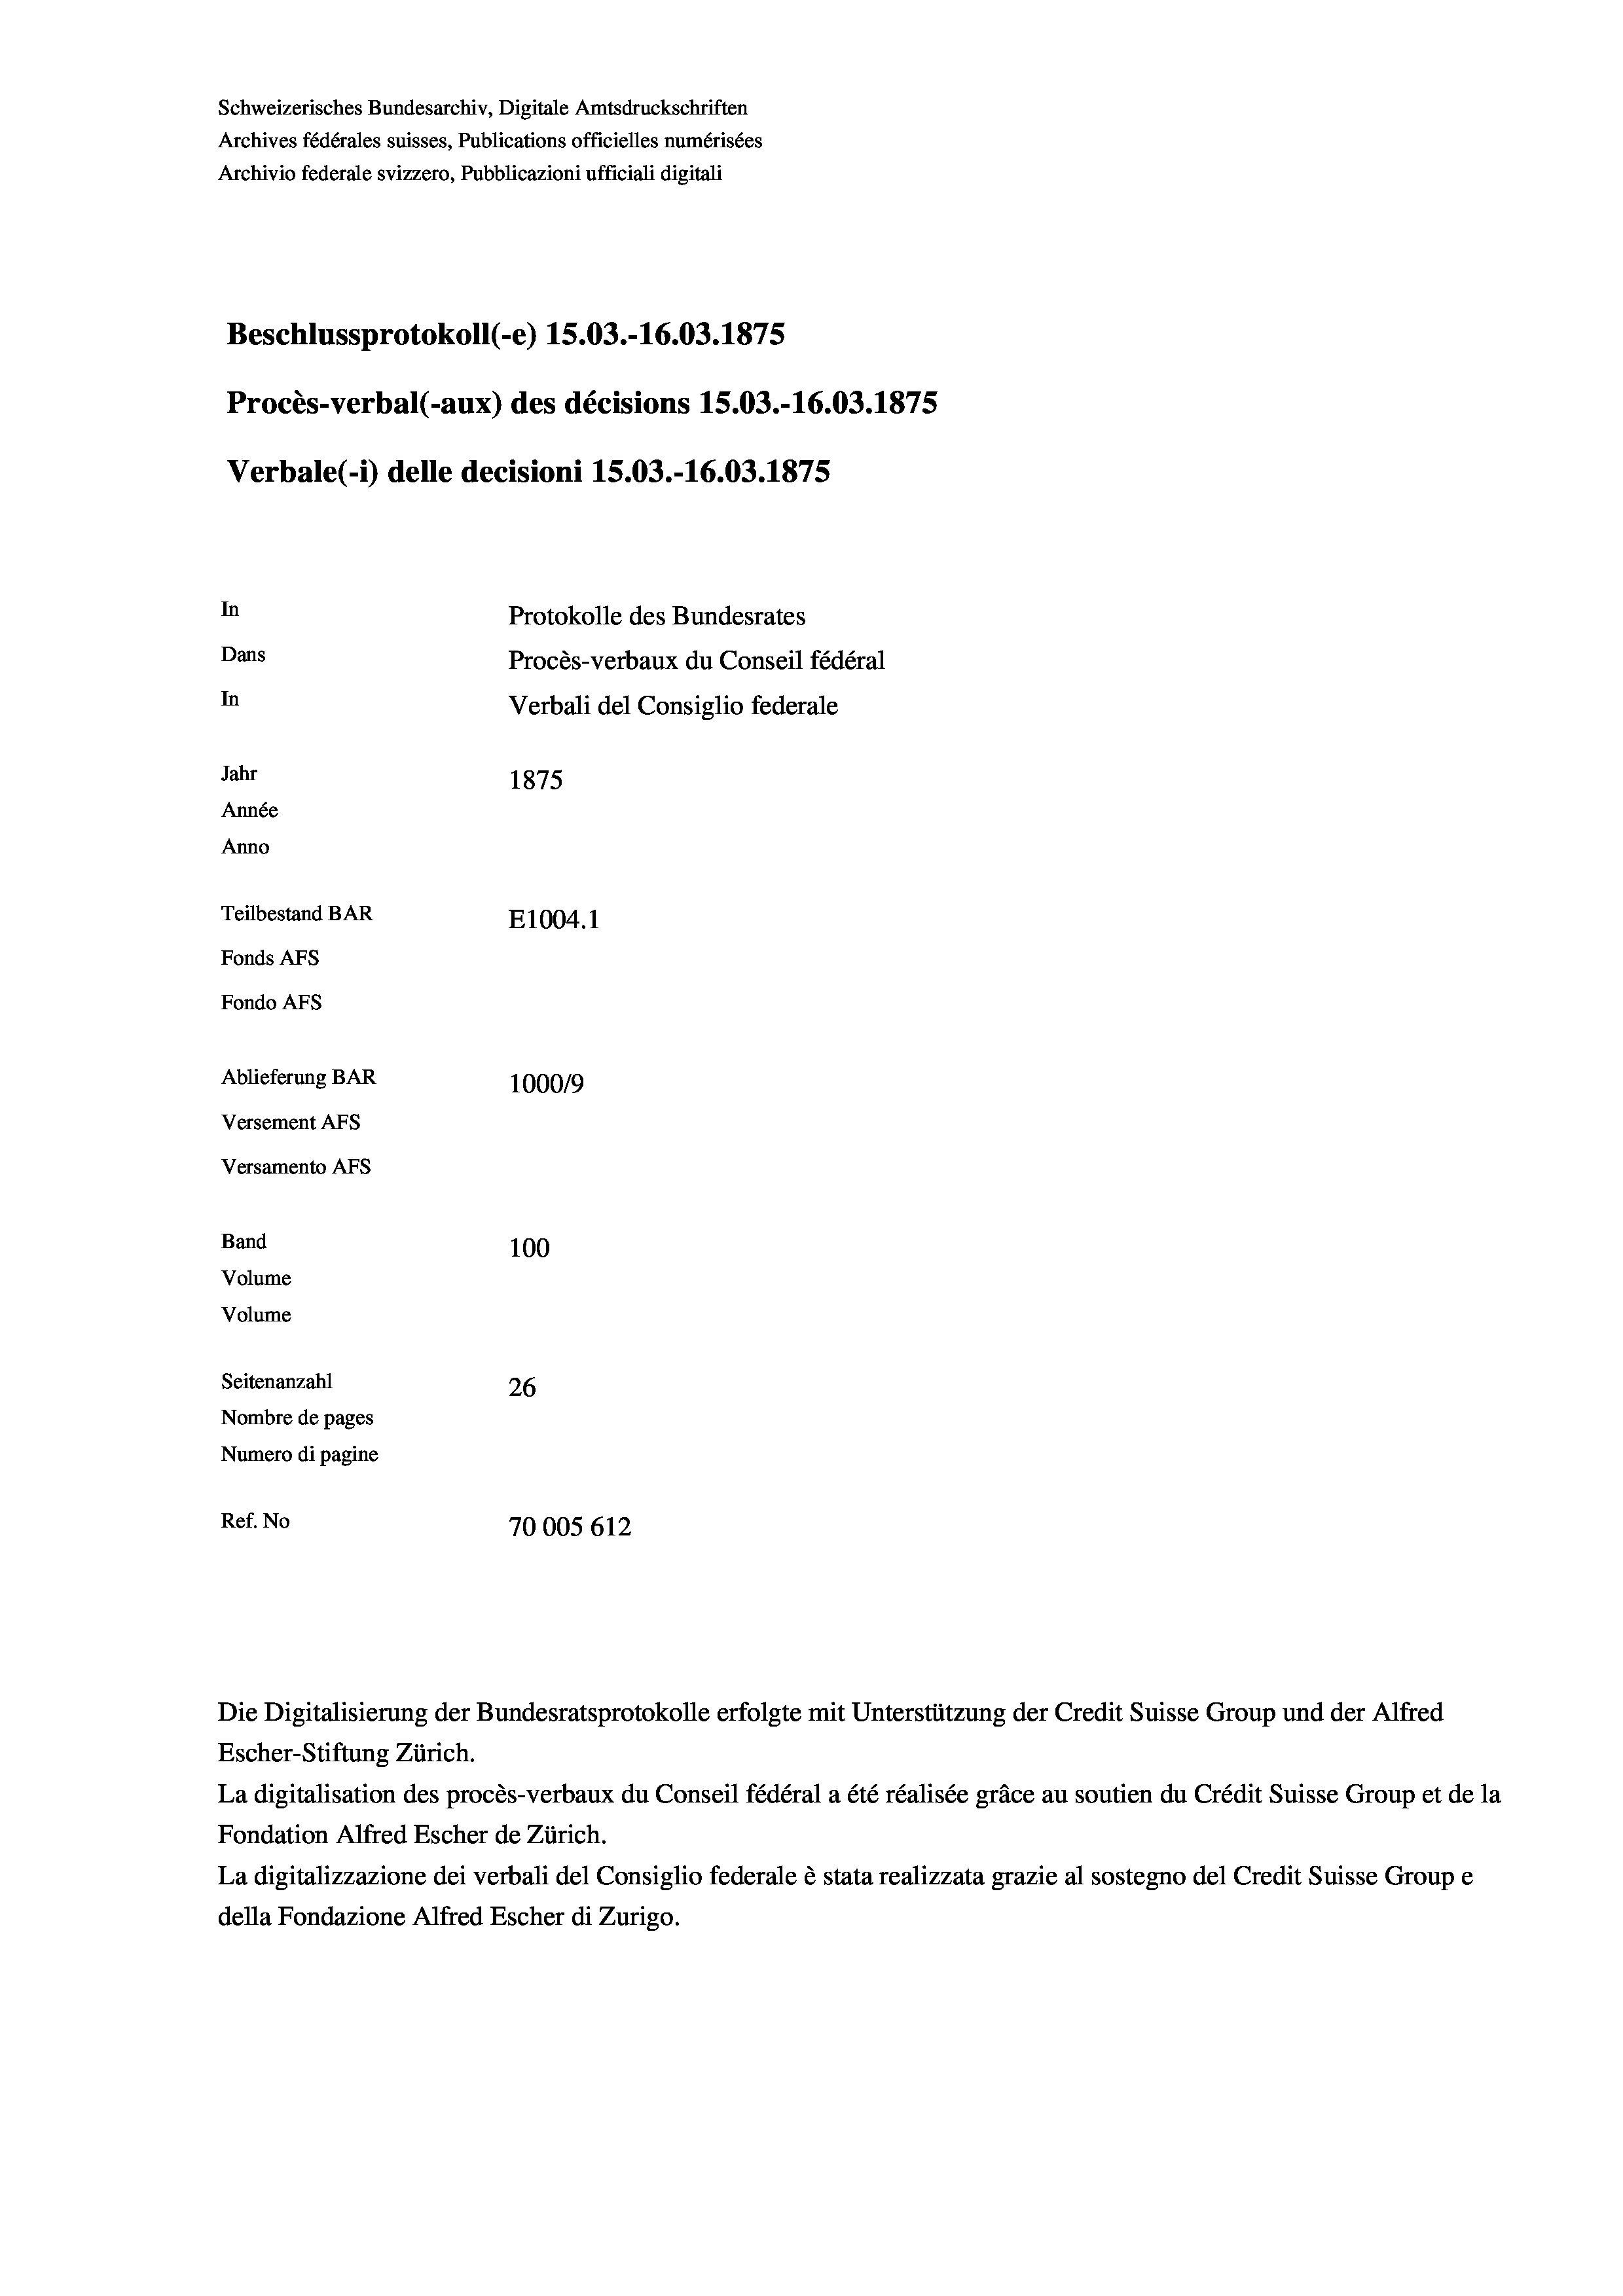
Archives fédérales suisses, Publications officielles numérisées
Archivio federale svizzero, Pubblicazioni ufficiali digitali

In

Procès-verbal (-aux) des décisions 15.03.-16.03. 1875

Dans
In
Jahr
1875
Année
Anno
Teilbestand BAR
E1004. 1
Fonds Afs
Fondo Afs

Schweizerisches Bundesarchiv, Digitale Amtsdruckschriften

Ablieferung BAR
Versement AFs
Versamento Afs
Band
Volume
Volume
Seitenanzahl

Beschlussprotokoll (-e) 15.03.-16.03. 1875

Verbale(-*) delle decisioni 15.03.-16.03. 1875

100
26
Nombre de pages
Numero di pagine
Ref. No
70005 612

100019

Protokolle des Bundesrates
Procès-verbaux du Conseil fédéral
Verbali del Consiglio federale

Die Digitalisierung der Bundesratsprotokolle erfolgte mit Unterstützung der Credit Suisse Group und der Alfred
Escher-Stiftung Zürich.
La digitalisation des procès-verbaux du Conseil fédéral a été réalisée gräce au soutien du Crédit Suisse Group et de la
Fondation Alfred Escher de Zürich.
La digitalizzazione dei verbali del Consiglio federale è stata realizzata grazie al sostegno del Credit Suisse Groupe
della Fondazione Alfred Escher di Zurigo.